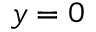
y = 0